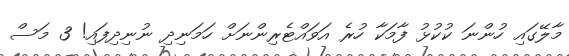
މާލޭގައި ހުންނަ ކުކުޅު ފާމަކާ ހުރެ އަވައްޓެރިންނަށް ހަމަނިދި ނުނިދިފައި! 3 މަސް